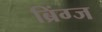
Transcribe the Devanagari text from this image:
ब्रिंग्ज